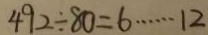
4 9 2 \div 8 0 = 6 \cdots 1 2